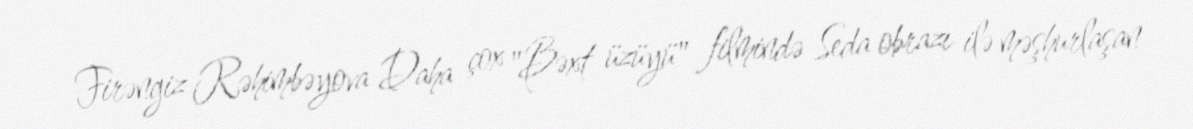
Firəngiz Rəhimbəyova Daha çox "Bəxt üzüyü" filmində Seda obrazı ilə məşhurlaşan